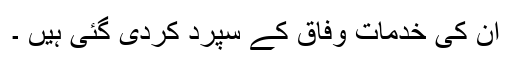
ان کی خدمات وفاق کے سپرد کردی گئی ہیں ۔